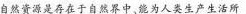
自然资源是存在于自然界中、能为人类生产生活所